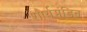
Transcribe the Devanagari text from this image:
शौर्यमंडित